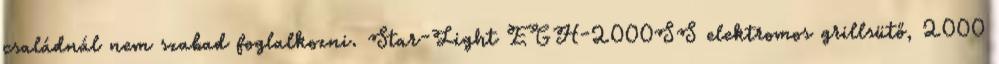
családnál nem szabad foglalkozni. Star-Light EGH-2000SS elektromos grillsütő, 2000